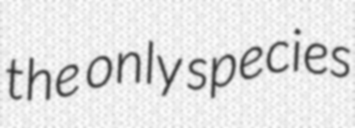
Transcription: the only species